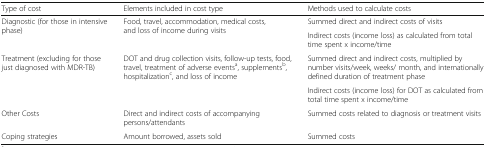
| Type of cost | Elements included in cost type | Methods used to calculate costs |
 | --- | --- | --- |
 | <ROWSPAN=2> Diagnostic (for those in intensive phase) | <ROWSPAN=2> Food, travel, accommodation, medical costs, and loss of income during visits | Summed direct and indirect costs of visits |
 | Indirect costs (income loss) as calculated from total time spent x income/time |
 | <ROWSPAN=2> Treatment (excluding for those just diagnosed with MDR-TB) | <ROWSPAN=2> DOT and drug collection visits, follow-up tests, food, travel, treatment of adverse eventsa, supplementsb, hospitalizationc, and loss of income | Summed direct and indirect costs, multiplied by number visits/week, weeks/ month, and internationally defined duration of treatment phase |
 | Indirect costs (income loss) for DOT as calculated from total time spent x income/time |
 | Other Costs | Direct and indirect costs of accompanying persons/attendants | Summed costs related to diagnosis or treatment visits |
 | Coping strategies | Amount borrowed, assets sold | Summed costs |